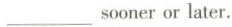
___sooner or later.